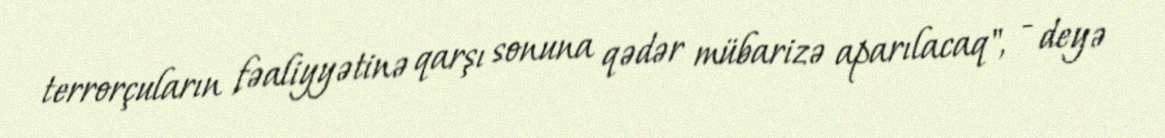
terrorçuların fəaliyyətinə qarşı sonuna qədər mübarizə aparılacaq", - deyə